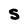
Character: S